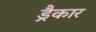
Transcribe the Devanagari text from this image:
ड्रैकार